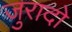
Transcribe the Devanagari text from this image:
जुरादो